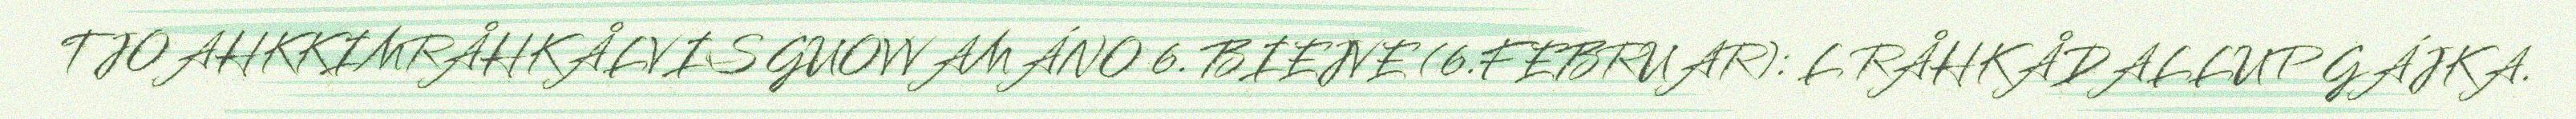
TJOAHKKIMRÅHKÅLVIS GUOVVAMÁNO 6. BIEJVE (6.FEBRUAR): L RÅHKÅDALLUP GÁJKA.